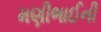
મણીભાઈની